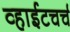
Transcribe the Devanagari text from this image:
व्हाईटचर्च